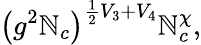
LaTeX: \left(g^{2}\mathbb{N}_{c}\right)^{\frac{1}{2}V_{3}+V_{4}}\mathbb{N}_{c}^{\chi},